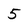
Character: 5